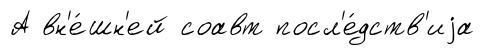
А вн'е́шн'ей соавт посл'е́дств'иjа